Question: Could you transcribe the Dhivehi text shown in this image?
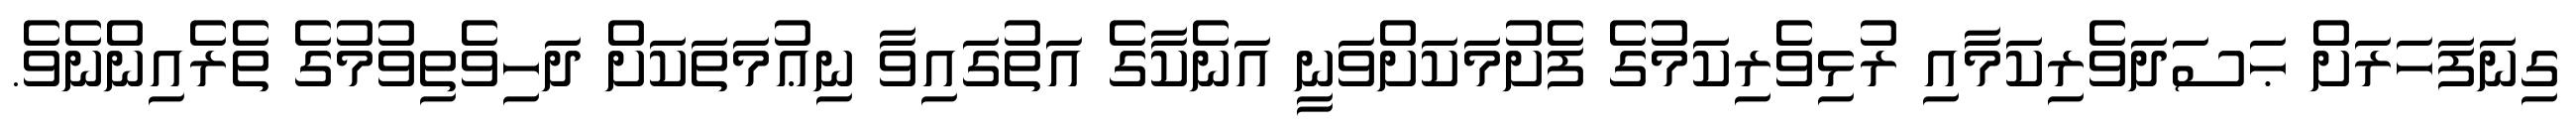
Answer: ގިނަފަހަރަށް ޙަސަދަވެރިކަމާއި ރުޅިވެރިކަމުގެ ފެށުމަކަށްވަނީ އަނެކާގެ އަތުގައިވާ ނިޢުމަތަކަށް ދަހިވެތިވުމުގެ ތެރެއިންނެވެ.